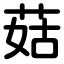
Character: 菇